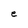
Character: e